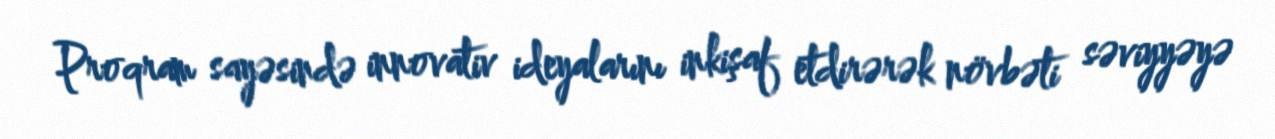
Proqram sayəsində innovativ ideyalarını inkişaf etdirərək növbəti səviyyəyə